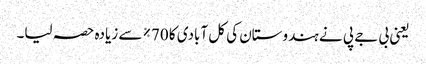
یعنی بی جے پی نے ہندوستان کی کل آبادی کا 70٪ سے زیادہ حصہ لیا۔